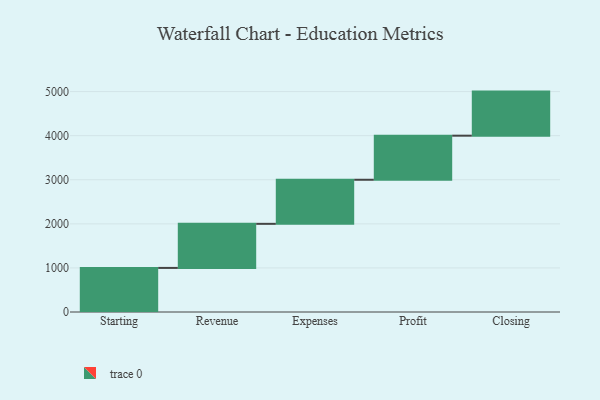
{"axis": {"x": "Step", "y": "Value"}, "legend": [""], "data": [{"x": "Starting", "y": 1000, "type": ""}, {"x": "Revenue", "y": 1000, "type": ""}, {"x": "Expenses", "y": 1000, "type": ""}, {"x": "Profit", "y": 1000, "type": ""}, {"x": "Closing", "y": 1000, "type": ""}]}